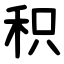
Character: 积